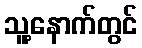
သူ့နောက်တွင်